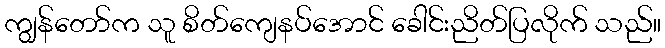
ကျွန်တော်က သူ စိတ်ကျေနပ်အောင် ခေါင်းညိတ်ပြလိုက် သည်။